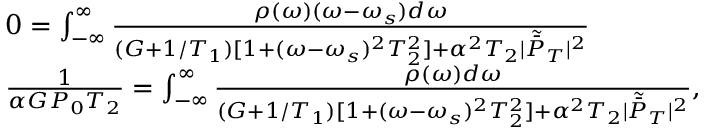
\begin{array} { r l } & { 0 = \int _ { - \infty } ^ { \infty } \frac { \rho ( \omega ) ( \omega - \omega _ { s } ) d \omega } { ( G + { 1 } / { T _ { 1 } } ) [ 1 + ( \omega - \omega _ { s } ) ^ { 2 } T _ { 2 } ^ { 2 } ] + \alpha ^ { 2 } T _ { 2 } | \tilde { \bar { P } } _ { T } | ^ { 2 } } } \\ & { \frac 1 { \alpha G P _ { 0 } T _ { 2 } } = \int _ { - \infty } ^ { \infty } \frac { \rho ( \omega ) d \omega } { ( G + 1 / T _ { 1 } ) [ 1 + ( \omega - \omega _ { s } ) ^ { 2 } T _ { 2 } ^ { 2 } ] + \alpha ^ { 2 } T _ { 2 } | \tilde { \bar { P } } _ { T } | ^ { 2 } } , } \end{array}